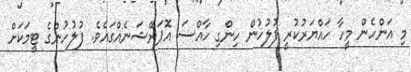
މި އަންހެން މީހާ ހައްޔަރުކުރީ ފުލުހުން ހިންގި ހާއްސަ އޮޕަރޭޝަނެއްގައެވެ. ފުލުހުންގެ ޓީމަކަށް